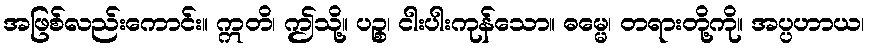
အဖြစ်လည်းကောင်း။ ဣတိ၊ ဤသို့။ ပဉ္စ၊ ငါးပါးကုန်သော။ ဓမ္မေ၊ တရားတို့ကို။ အပ္ပဟာယ၊